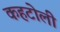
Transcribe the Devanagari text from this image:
कहटोली